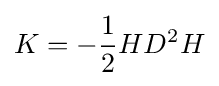
K=-{\frac {1}{2}}HD^{2}H